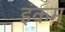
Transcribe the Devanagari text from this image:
इंकम्